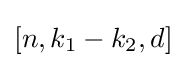
[n,k_{1}-k_{2},d]